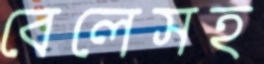
বেলেসহ